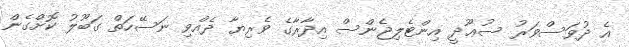
އެ ދުވަސްވަރު ސުޢޫދީ އިންޓެލިޖެންސް އިދާރާގެ ވެރިޔާ ދެއްވި ނަސޭހަތް ގަބޫލު ކޮށްގެން